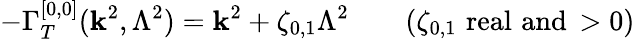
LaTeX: -\Gamma_{T}^{[0,0]}(\mathbf{k}^{2},\Lambda^{2})=\mathbf{k}^{2}+\zeta_{0,1}\Lambda^{2}\qquad(\zeta_{0,1}\, \, \mathrm{{{real\, \, and}}}\, >0)